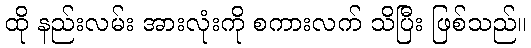
ထို နည်းလမ်း အားလုံးကို စကားလက် သိပြီး ဖြစ်သည်။